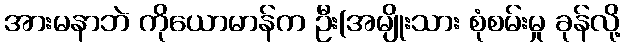
အားမနာဘဲ ကိုယောမာန်က ဦး(အမျိုးသား စုံစမ်းမှု ခုန်လို့